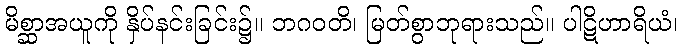
မိစ္ဆာအယူကို နှိပ်နင်းခြင်း၌။ ဘဂဝတိ၊ မြတ်စွာဘုရားသည်။ ပါဋိဟာရိယံ၊